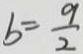
b = \frac { 9 } { 2 }